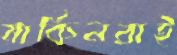
মার্কিনরাই